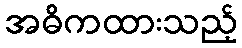
အဓိကထားသည့်